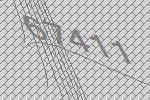
67411